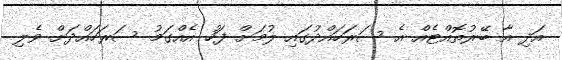
އަދި އާ ބޭރުތޮއްޓެއް އެ ސަރަހައްދުގައި ލުމަށް ފަހު އެއްގަމު ސަރަހައްދަށް ވެލި